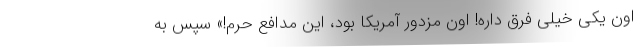
اون یکی خیلی فرق داره! اون مزدور آمریکا بود، این مدافع حرم!» سپس به